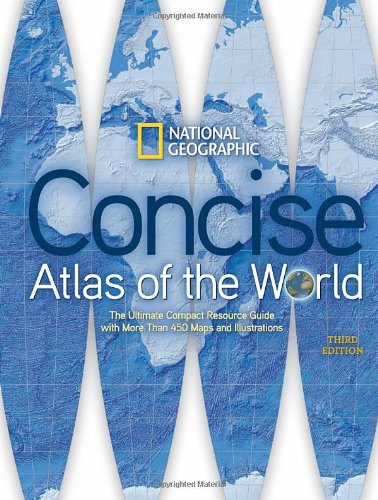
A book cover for National Geographic Concise Atlas of the World, Third Edition; National Geographic; Reference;